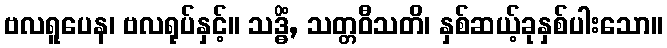
ဗလရူပေန၊ ဗလရုပ်နှင့်။ သဒ္ဓိံ, သတ္တဝီသတိ၊ နှစ်ဆယ့်ခုနှစ်ပါးသော။